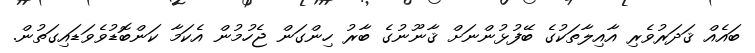
ބައެއް ޤަދަރުވެރި އާއިލާތަކުގެ ބޭފުޅުންނަށް ޤާނޫނުގެ ބާރު ހިންގަން ޖެހުމުން އެކަމާ ކަންބޮޑުވެވަޑައިގަތުން.